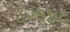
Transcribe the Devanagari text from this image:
८२१४८